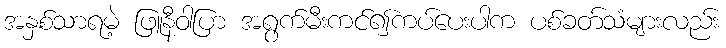
အနှစ်သာရမဲ့ ဖြူနီဝါပြာ အရွက်မီးကင်၍ကပ်ပေးပါက ပစ်ခတ်သံများလည်း